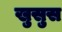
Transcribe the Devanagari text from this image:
खुसुस